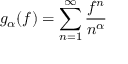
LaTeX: g _ { \alpha } ( f ) = \sum _ { n = 1 } ^ { \infty } { \frac { f ^ { n } } { n ^ { \alpha } } }